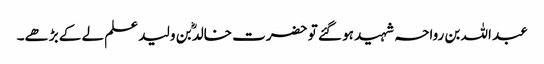
عبد اللہ بن رواحہ شہید ہو گئے تو حضرت خالدؓ بن ولید علم لے کے بڑھے۔